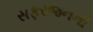
સફરજનની